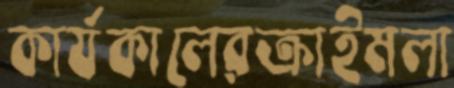
কার্যকালেরক্রাইমলা